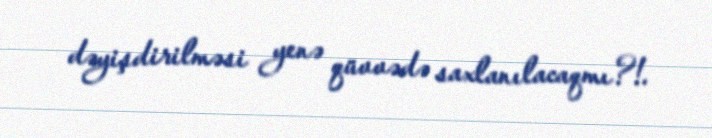
dəyişdirilməsi yenə qüvvədə saxlanılacaqmı?!.